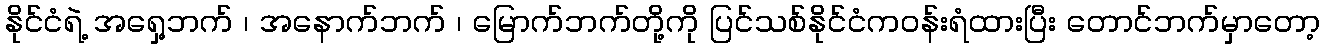
နိုင်ငံရဲ့ အရှေ့ဘက် ၊ အနောက်ဘက် ၊ မြောက်ဘက်တို့ကို ပြင်သစ်နိုင်ငံကဝန်းရံထားပြီး တောင်ဘက်မှာတော့